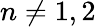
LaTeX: n\neq 1,2